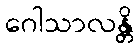
ဂေါသာလန္တိ